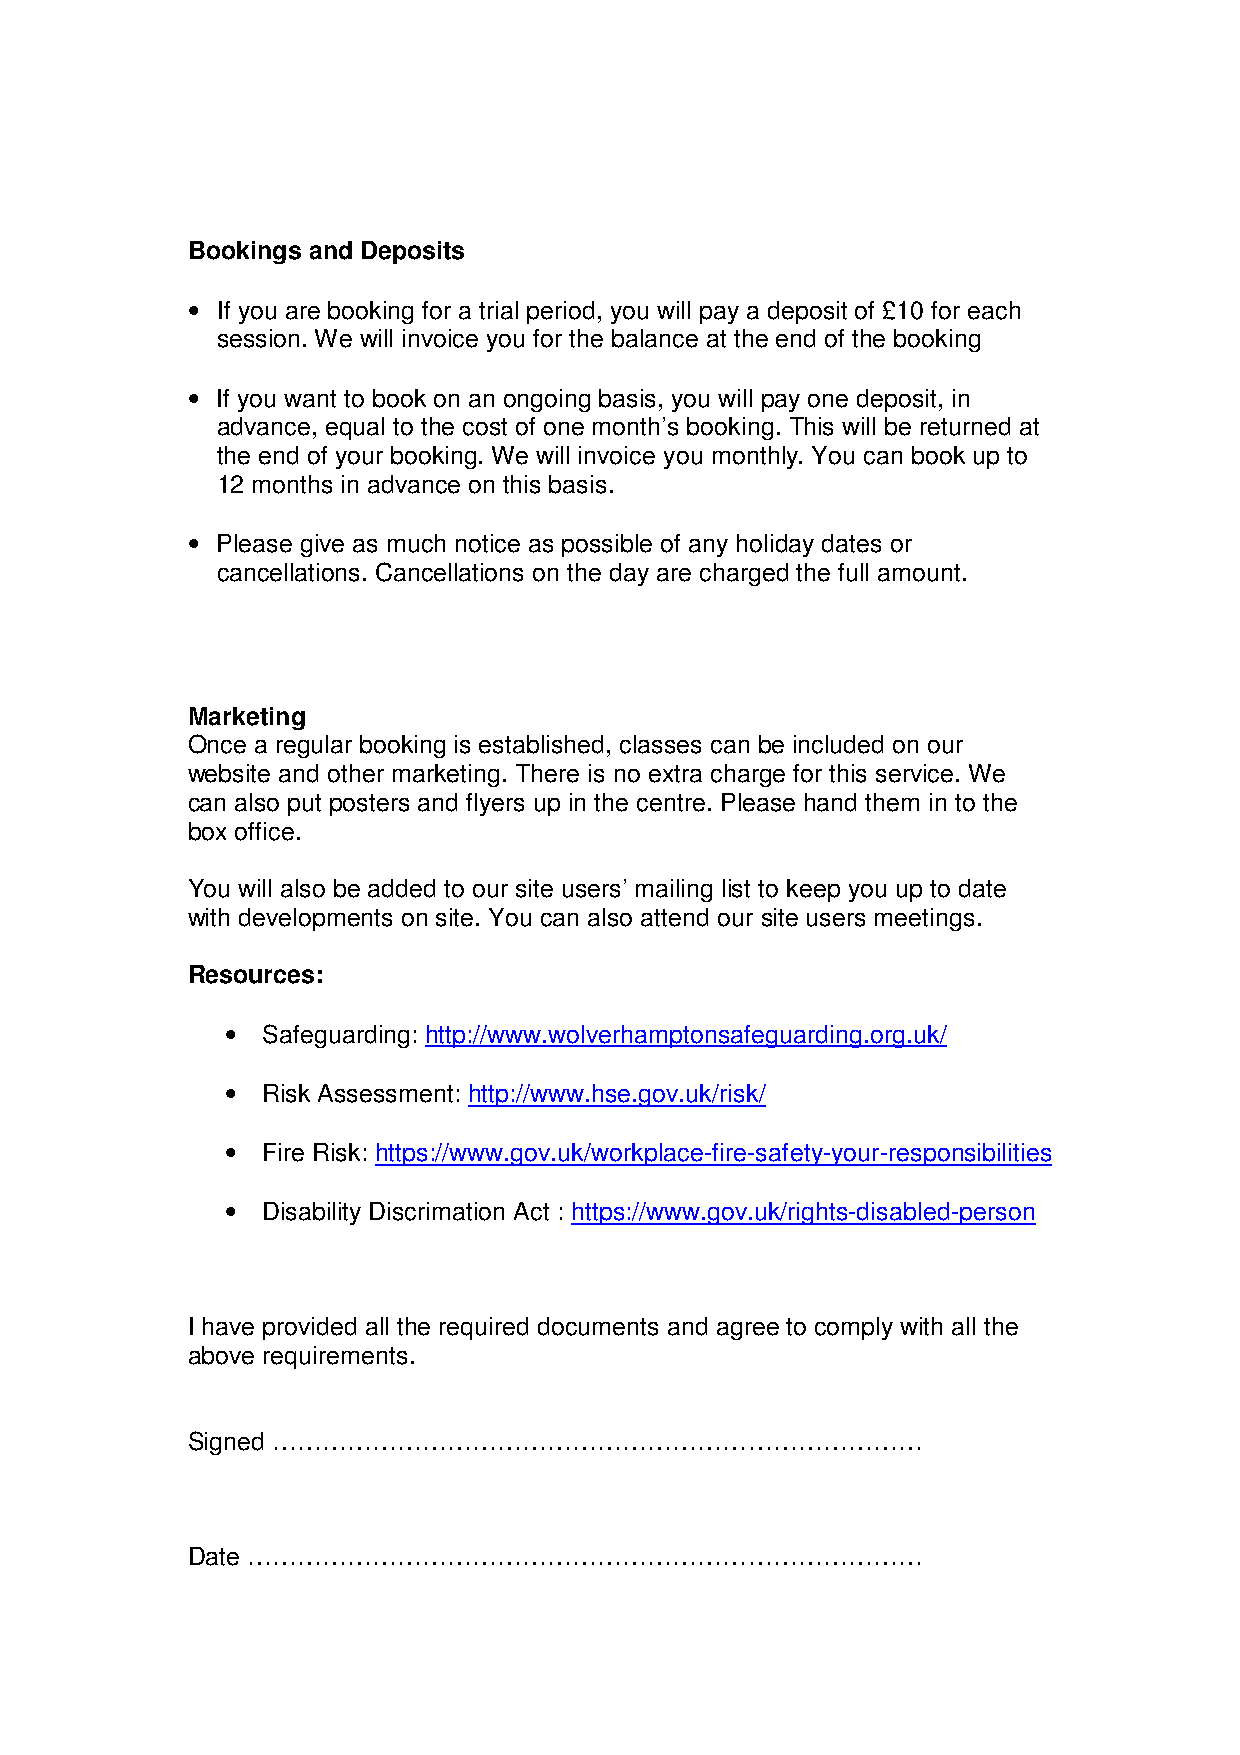
Bookings and Deposits
 • If you are booking for a trial period, you will pay a deposit of £10 for each
 session. We will invoice you for the balance at the end of the booking
 • If you want to book on an ongoing basis, you will pay one deposit, in
 advance, equal to the cost of one month’s booking. This will be returned at
 the end of your booking. We will invoice you monthly. You can book up to
 12 months in advance on this basis.
 • Please give as much notice as possible of any holiday dates or
 cancellations. Cancellations on the day are charged the full amount.
 Marketing
 Once a regular booking is established, classes can be included on our
 website and other marketing. There is no extra charge for this service. We
 can also put posters and flyers up in the centre. Please hand them in to the
 box office.
 You will also be added to our site users’ mailing list to keep you up to date
 with developments on site. You can also attend our site users meetings.
 Resources:
 • Safeguarding: http://www.wolverhamptonsafeguarding.org.uk/
 • Risk Assessment: http://www.hse.gov.uk/risk/
 • Fire Risk: https://www.gov.uk/workplace-fire-safety-your-responsibilities
 • Disability Discrimation Act : https://www.gov.uk/rights-disabled-person
 I have provided all the required documents and agree to comply with all the
 above requirements.
 Signed ……………………………………………………………………
 Date ………………………………………………………………………